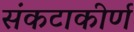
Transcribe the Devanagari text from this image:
संकटाकीर्ण